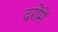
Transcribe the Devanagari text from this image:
दरोंमें